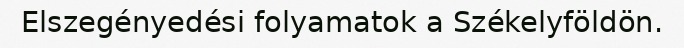
Elszegényedési folyamatok a Székelyföldön.